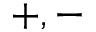
+ , -